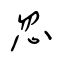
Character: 忽